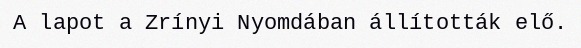
A lapot a Zrínyi Nyomdában állították elő.